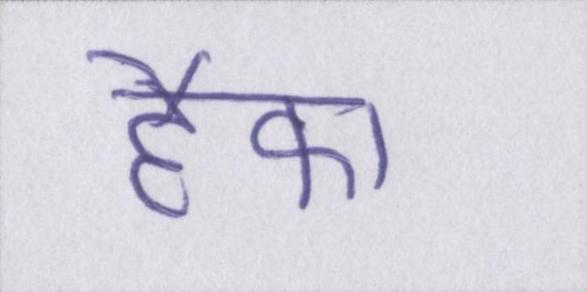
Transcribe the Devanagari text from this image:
हैफा